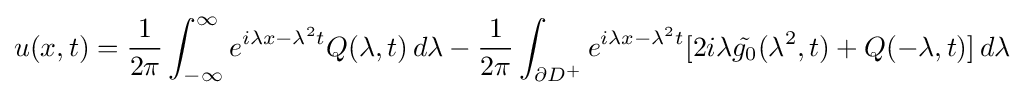
u(x,t)={\frac {1}{2\pi }}\int _{-\infty }^{\infty }e^{i\lambda x-\lambda ^{2}t}Q(\lambda ,t)\,d\lambda -{\frac {1}{2\pi }}\int _{\partial D^{+}}e^{i\lambda x-\lambda ^{2}t}[2i\lambda {\tilde {g_{0}}}(\lambda ^{2},t)+Q(-\lambda ,t)]\,d\lambda